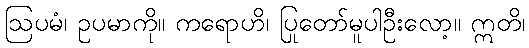
ဩပမံ၊ ဥပမာကို။ ကရောဟိ၊ ပြုတော်မူပါဦးလော့။ ဣတိ၊